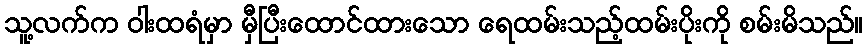
သူ့လက်က ဝါးထရံမှာ မှီပြီးထောင်ထားသော ရေထမ်းသည့်ထမ်းပိုးကို စမ်းမိသည်။